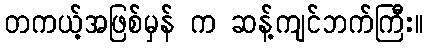
တကယ့်အဖြစ်မှန် က ဆန့်ကျင်ဘက်ကြီး။